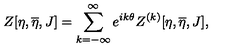
Z [ \eta , \overline { { \eta } } , J ] = \sum _ { k = - \infty } ^ { \infty } e ^ { i k \theta } Z ^ { ( k ) } [ \eta , \overline { { \eta } } , J ] ,